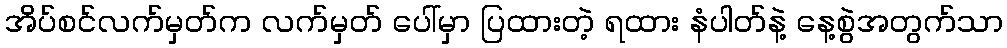
အိပ်စင်လက်မှတ်က လက်မှတ် ပေါ်မှာ ပြထားတဲ့ ရထား နံပါတ်နဲ့ နေ့စွဲအတွက်သာ